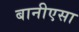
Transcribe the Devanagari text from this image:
बानीएसा